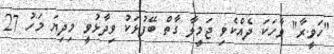
"ހަވީރާ" ވާހަކަ ދެއްކެވި ޖަމީލާ ގާތް ބޭފުޅަކު ވިދާޅުވީ މިދިޔަ މަހު 27